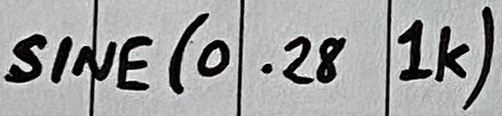
Text: SINE(0..28 1K)